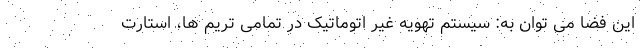
این فضا می توان به: سیستم تهویه غیر اتوماتیک در تمامی تریم ها، استارت